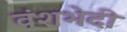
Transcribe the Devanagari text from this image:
वंशभेदी